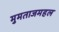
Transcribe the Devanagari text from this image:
मुमताजमहल